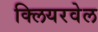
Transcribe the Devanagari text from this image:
क्लियरवेल